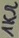
Text: 1KΩ